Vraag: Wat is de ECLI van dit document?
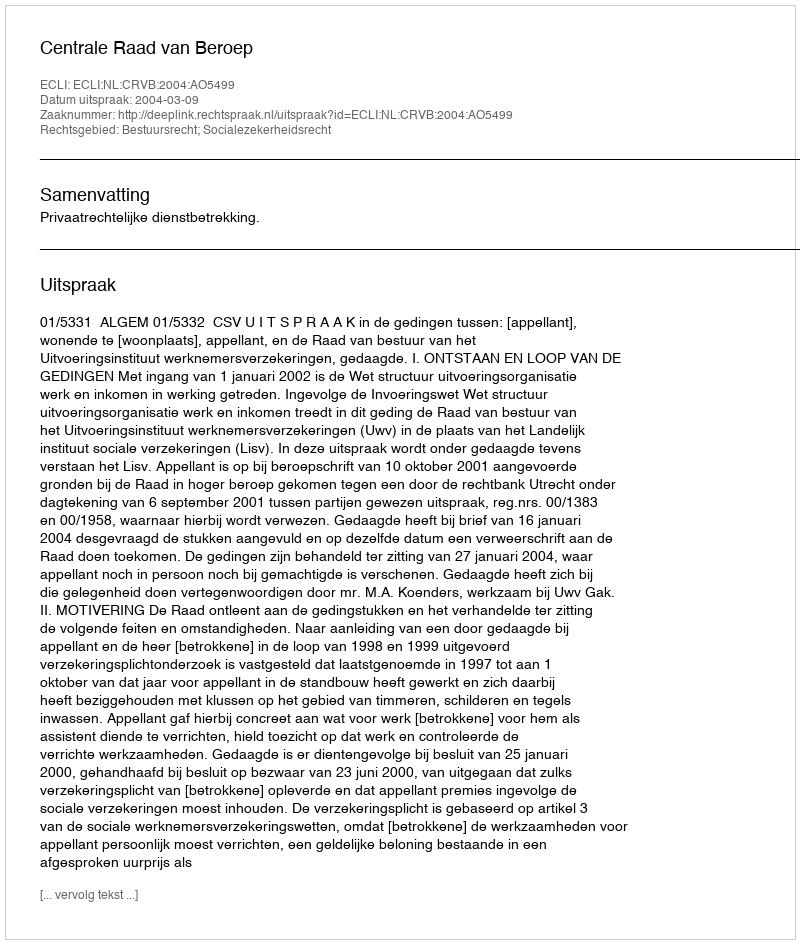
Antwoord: ECLI:NL:CRVB:2004:AO5499